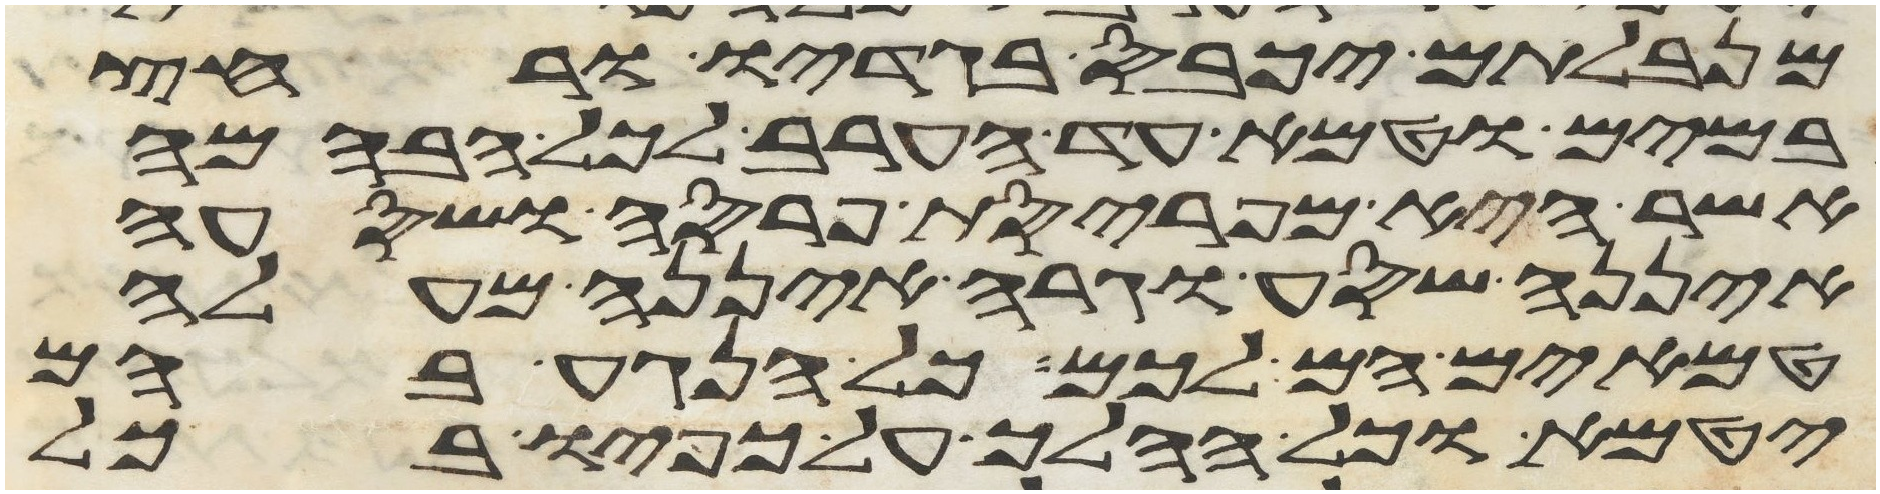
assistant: מנבלתם יכבס בגדיו ורחץ
במים וטמא עד הערב לכל הבהמה
אשר היא מפריסת פרסה ושסעה
איננה שסע וגרה איננה מעלה
טמאים הם לכם כל הנגע בהם
יטמא וכל ההלך על כפיו בכל